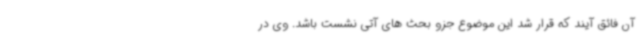
آن فائق آیند که قرار شد این موضوع جزو بحث های آتی نشست باشد. وی در